Eesti_Peakonsulaat_New_Yorgis, lk 53
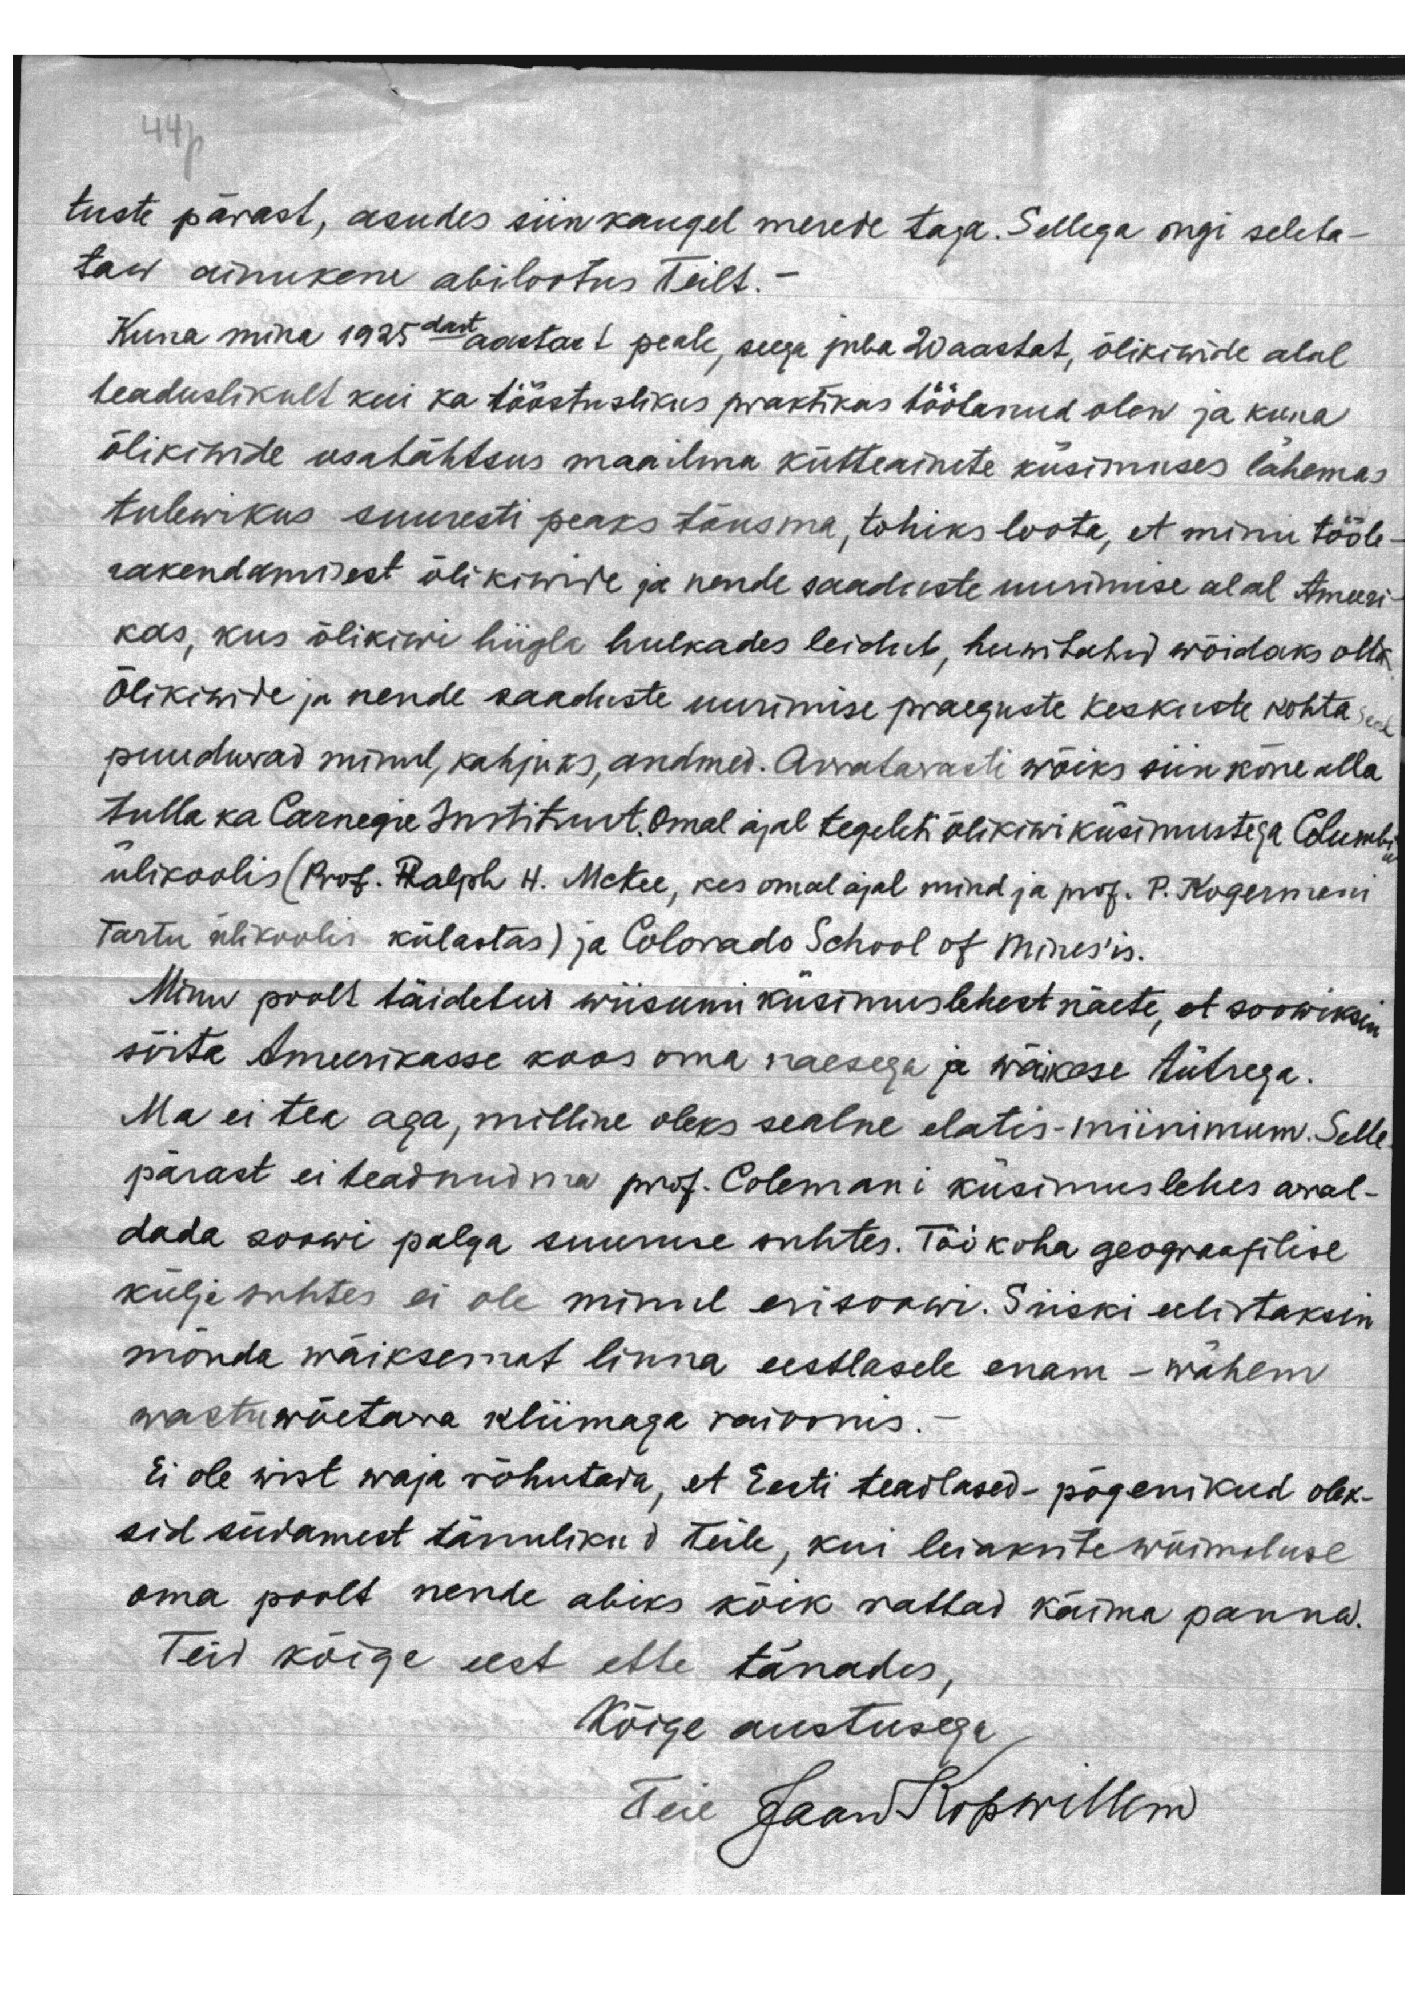
tuste pärast, asudes siin kaugel merede taga. Sellega ongi seleta-
taw ainukene abilootus Teilt. -
Kuna mina 1925dast aastast peale, seega juba 20 aastat, õlikiwide alal
teaduslikult kui ka tööstuslikus praktikas töötanud olen ja kuna
õlikiwide osatähtsus maailma kütteainete küsimuses lähemas
tulewikus suuresti peaks tõusma, tohiks loota, et minu tööle-
rakendamisest õlikiwide ja nende saaduste uurimise alal Ameeri-
kas, kus õlikiwi hiigla hulkades leidub, huwitatud wõidaks olla.
Õlikiwide ja nende saaduste uurimise praeguste keskuste kohta seal
puuduwad minul, kahjuks, andmed. Arwatawasti wõiks siin kõne alla
tulla ka Carnegie Instituut.Omal ajal tegeleti õlikiwi küsimustega Columbia
ülikoolis ( Prof. Ralph H. McKee, kes omal ajal mind ja prof. P. Kogermani
Tartu ülikoolis külastas) ja Colorado School of Mines'is.
Minu poolt täidetud wiisumi küsimuslehest näete, et soowiksin
sõita Ameerikasse koos oma naesega ja wäikese tütrega.
Ma ei tea aga, milline oleks sealne elatis-miinimum. Selle
pärast ei teadnud ma prof. Coleman i küsimuslehes awal-
dada soowi palga suuruse suhtes. Töökoha geograafilise
külja suhtes ei ole minul erisoowi. Siiski eelistaksin
mõnda wäiksemat linna eestlasele enam - wähem
wastuwõetava kliimaga raioonis.
Ei ole wist waja rõhutada, et Eesti teadlased-põgenikud olek-
sid südamest tänulikud Teile, kui leiaksite wõimaluse
oma poolt nende abiks kõik rattad käima panna.
Teid kõige eest ette tänades,
Kõige austusega
Teie Jaan Kopwillem